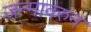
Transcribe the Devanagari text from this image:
जन्मावरुन